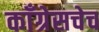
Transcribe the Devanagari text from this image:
काँग्रेसचेच